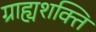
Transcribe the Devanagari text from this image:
ग्राह्यशक्ति